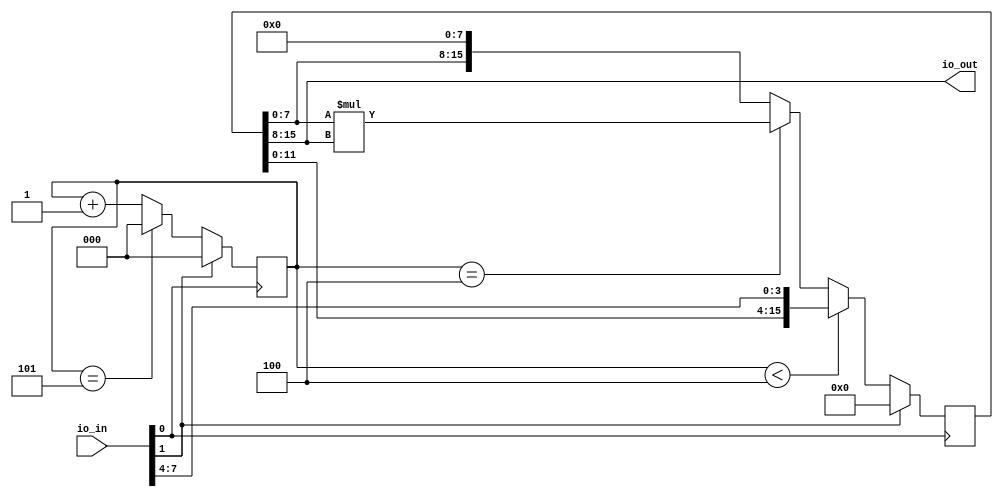
`default_nettype none

module algofoogle_product (
    input   [7:0]   io_in,
    output  [7:0]   io_out
);
    wire        clk    = io_in[0];
    wire        reset  = io_in[1];
    wire [3:0]  nibble = io_in[7:4];

    reg [2:0]   state;

    reg [15:0]  product;

    assign io_out = product[15:8];

    always @(posedge clk) begin
        if (reset) begin
            // Reset.
            product <= 0;
            state <= 0;
        end else begin
            if (state < 4) begin
                // We're clocking in 4 nibbles (2 byte values):
                product <= {product[11:0],nibble};
            end else if (state == 4) begin
                // We've got the data we need; now calculate the product:
                product <= {8'b0,product[7:0]} * {8'b0,product[15:8]};
            end else begin
                // Start clocking out the result, as 2 bytes.
                product <= product << 8;
            end
            state <= (state==5) ? 0 : state+1;
        end
    end

endmodule